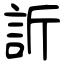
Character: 訢